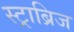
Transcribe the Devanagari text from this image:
स्ट्राब्रिज